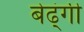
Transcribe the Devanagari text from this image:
बेढ्ंगी